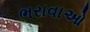
ભરાવાઓ